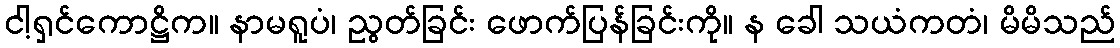
ငါ့ရှင်ကောဋ္ဌိက။ နာမရူပံ၊ ညွတ်ခြင်း ဖောက်ပြန်ခြင်းကို။ န ခေါ သယံကတံ၊ မိမိသည်